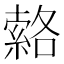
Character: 𦃆